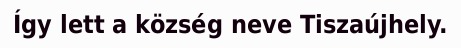
Így lett a község neve Tiszaújhely.